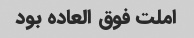
املت فوق العاده بود